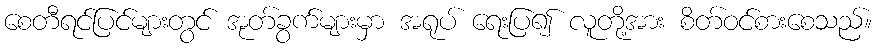
စေတီရင်ပြင်များတွင် အုတ်ခွက်များမှာ အရုပ် ရေးပြ၍ လူတို့အား စိတ်ဝင်စားစေသည်။